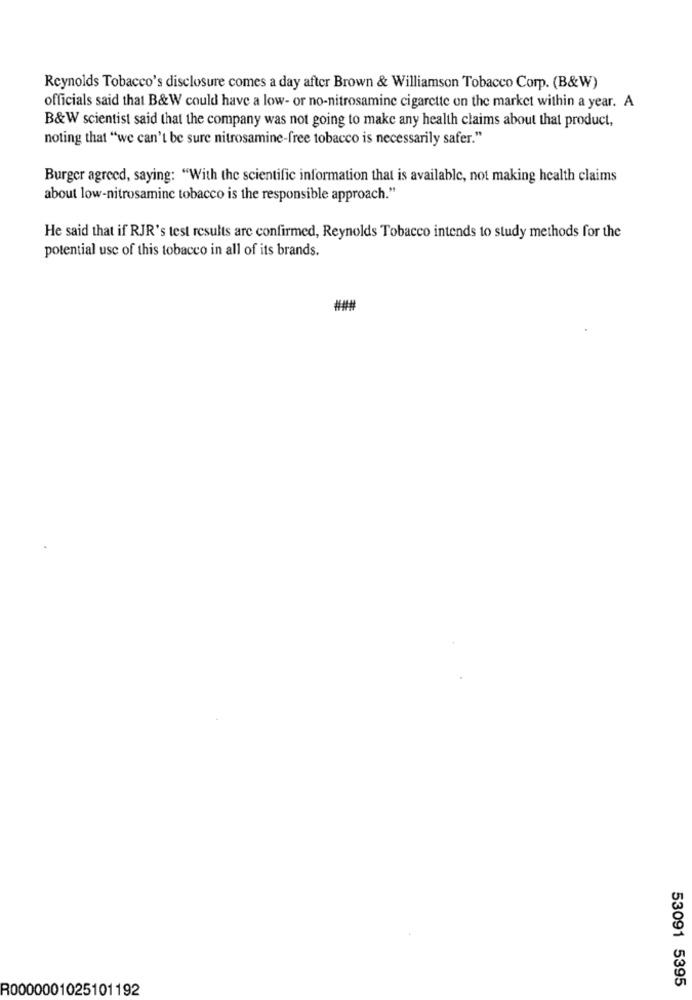
Reynolds Tobacco's disclosure comes a day after Brown & Williamson Tobacco Corp. (B&W)
officials said that B&W could have a low- or no-nitrosamine cigarette on the market within a year. A
B&W scientist said that the company was not going to make any health claims about that product,
noting that "we can't be sure nitrosamine-free tobacco is necessarily safer."
Burger agreed, saying: "With the scientific information that is available, not making health claims
about low-nitrosamine tobacco is the responsible approach."
He said that if RJR's test results are confirmed, Reynolds Tobacco intends to study methods for the
potential use of this tobacco in all of its brands.
###
53091 5395
R0000001025101192